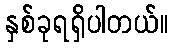
နှစ်ခုရရှိပါတယ်။